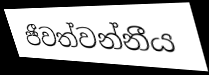
ජීවත්වන්නීය